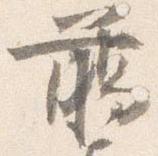
臈